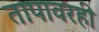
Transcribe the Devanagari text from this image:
तापावरही